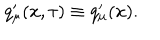
LaTeX: q _ { \mu } ^ { \prime } ( x , \tau ) \equiv q _ { \mu } ^ { \prime } ( x ) .